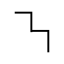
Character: ㇎